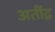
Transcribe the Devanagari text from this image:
अतींद्र